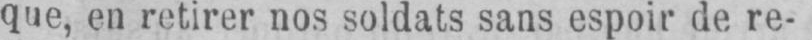
que, en retirer nos soldats sans espoir de re-